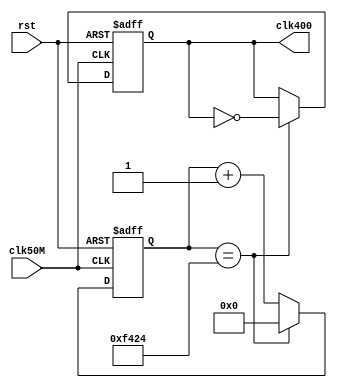
module div400(clk50M, rst, clk400);
    input               clk50M, rst;
    output  reg         clk400;

    reg         [22:0]  count;

    always @(posedge clk50M or negedge rst)begin
        if (!rst) begin
            count <= 23'd0;
            clk400 <= 1'd0;
        end
        else begin
            if (count == 23'd62_500)begin
                count <= 23'd0;
                clk400 <= ~clk400;
            end
            else begin
                count <= count + 1'd1;
            end
        end
    end
endmodule